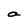
Character: a